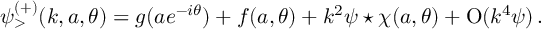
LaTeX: \psi _ { > } ^ { ( + ) } ( k , a , \theta ) = g ( a e ^ { - i \theta } ) + f ( a , \theta ) + k ^ { 2 } \psi \star \chi ( a , \theta ) + \mathrm { O } ( k ^ { 4 } \psi ) \, .